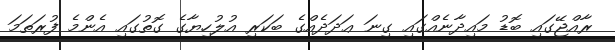
ރާއްޖޭގައި ބޮޑު މައިދާނެއްގައި ގިނަ ޢަދަދެއްގެ ބަކަރި އުލުހިޔާގެ ގޮތުގައި އެންމެ ފުރަތަމަ